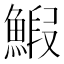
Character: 𫙨